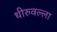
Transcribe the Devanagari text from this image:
थीरुवल्ला